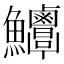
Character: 𩽶